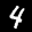
Label: 4